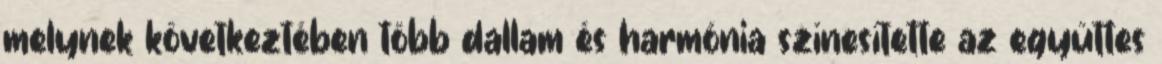
melynek következtében több dallam és harmónia színesítette az együttes